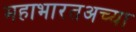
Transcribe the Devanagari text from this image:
महाभारतअच्या